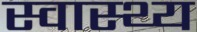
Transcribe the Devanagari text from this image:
स्‍वास्‍थ्य